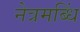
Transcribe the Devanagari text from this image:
नेत्रमब्धिं